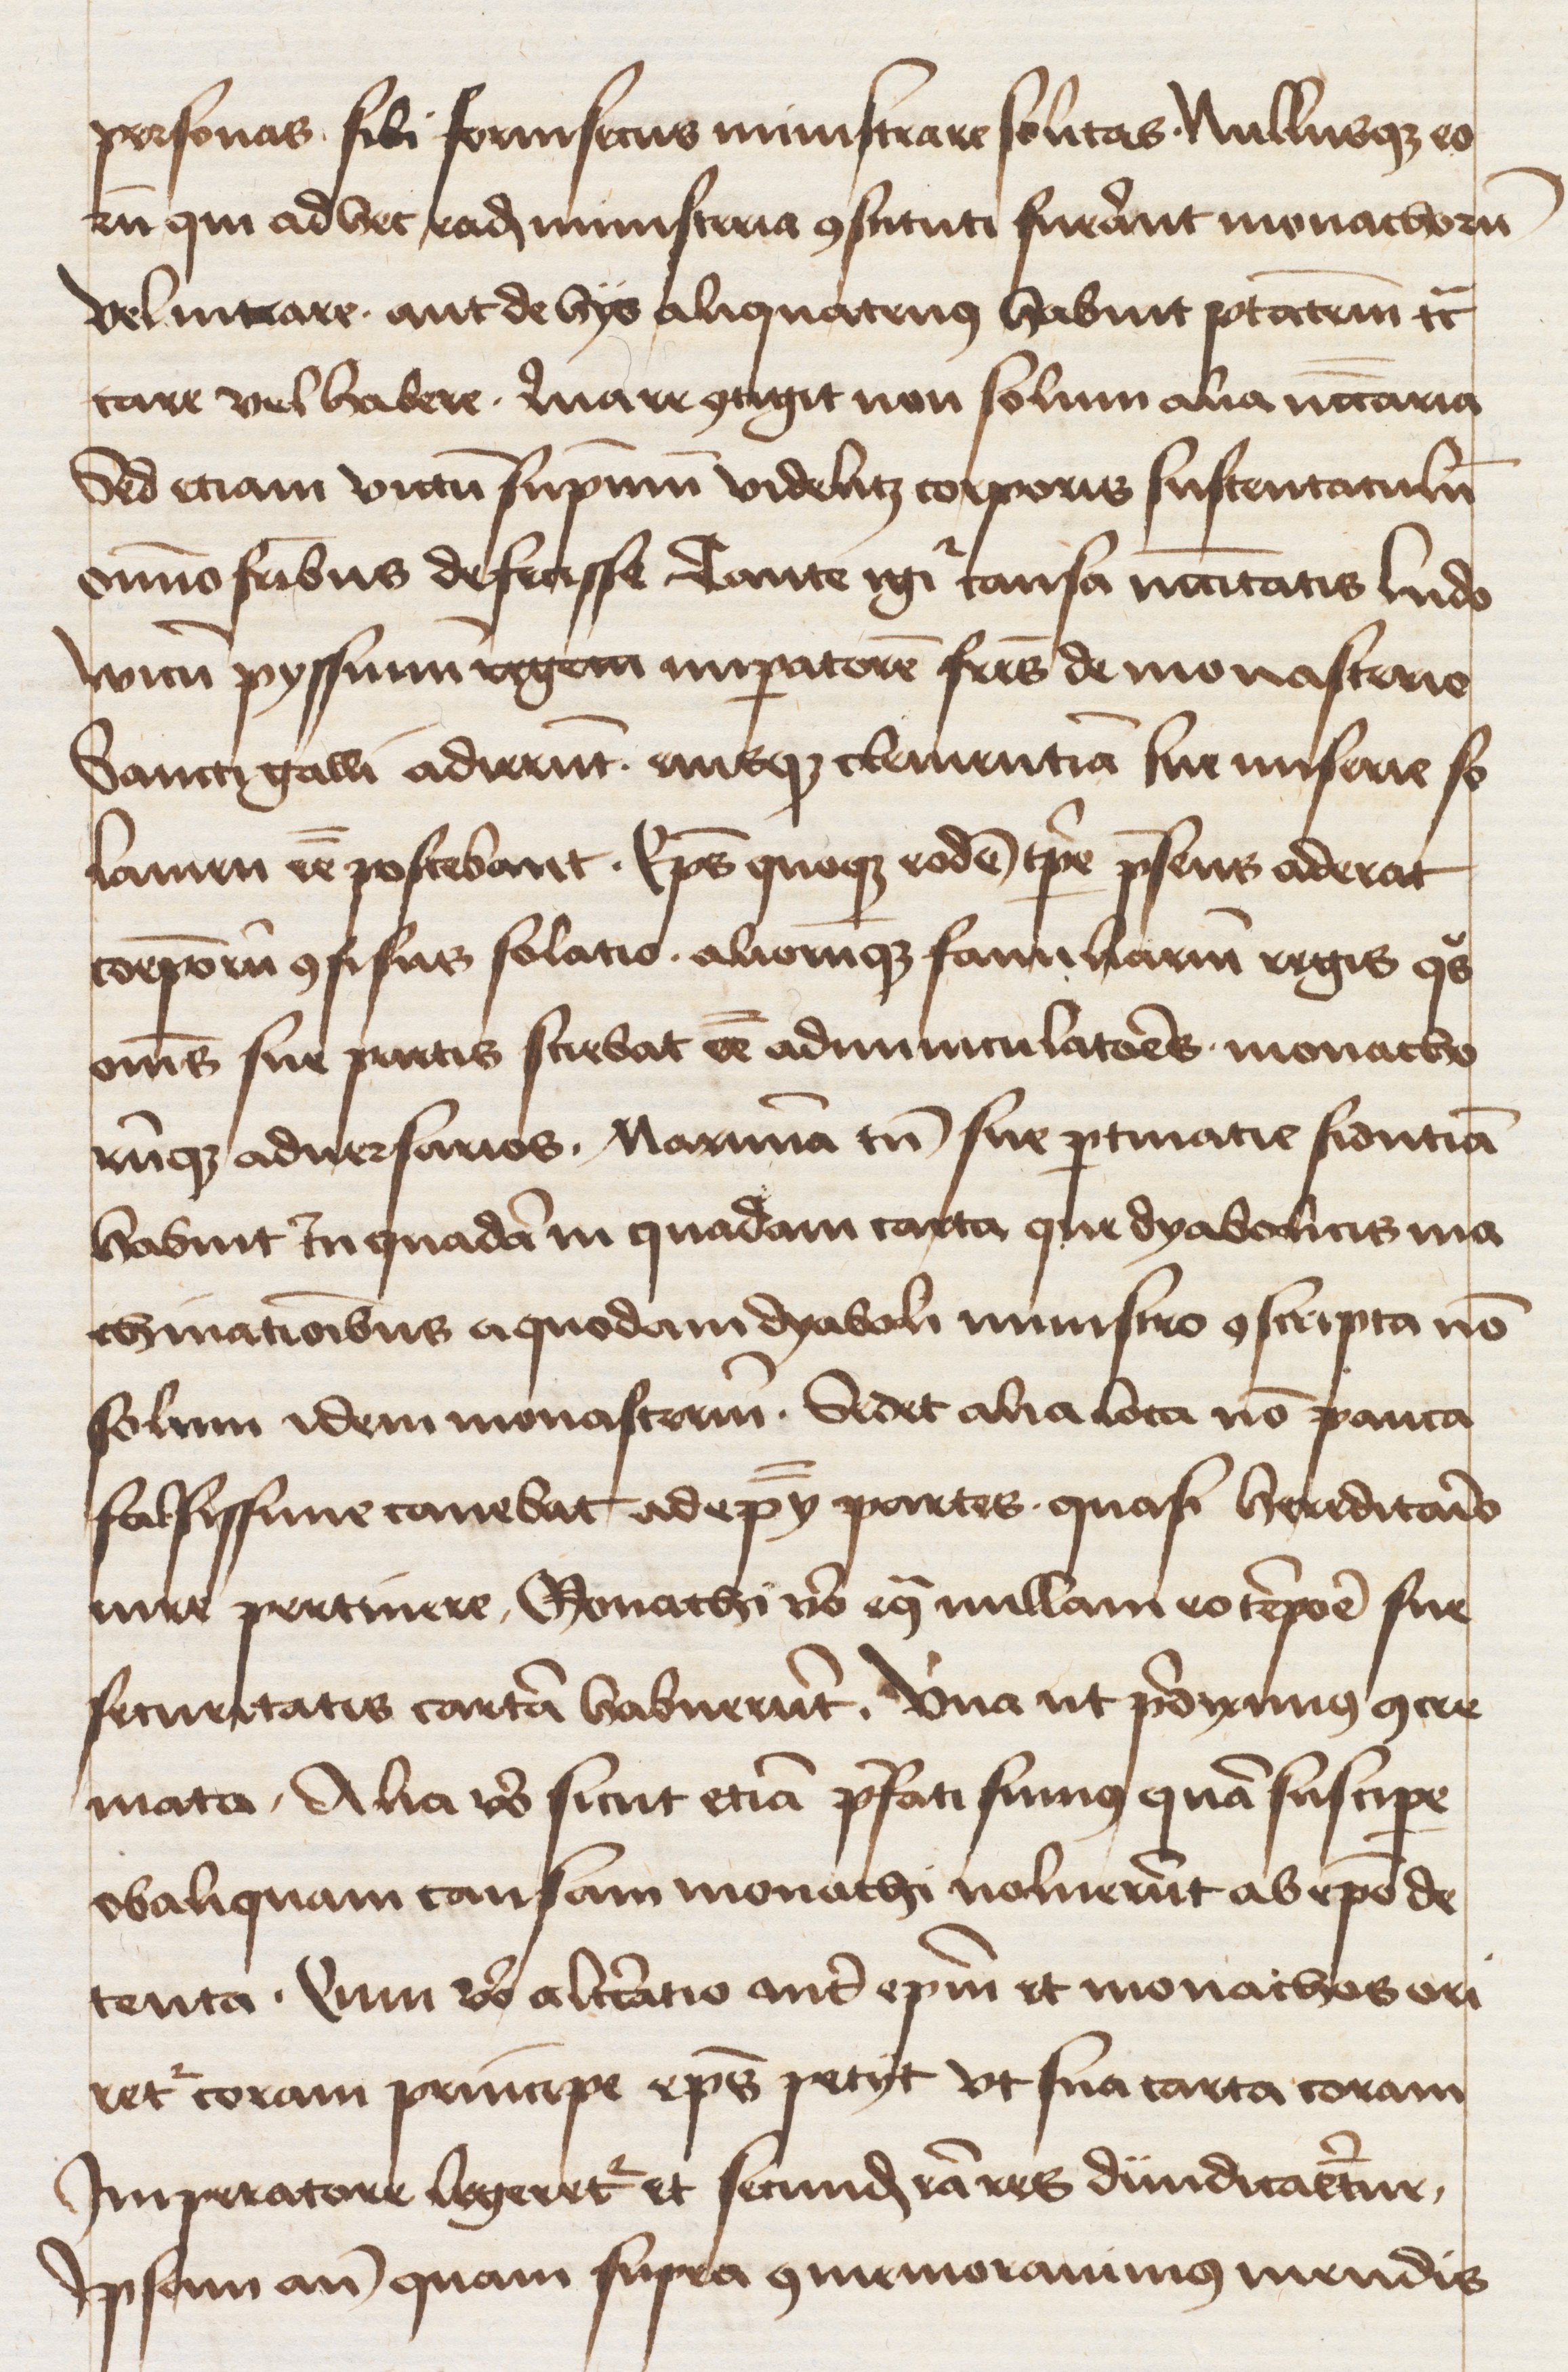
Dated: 1400–1499